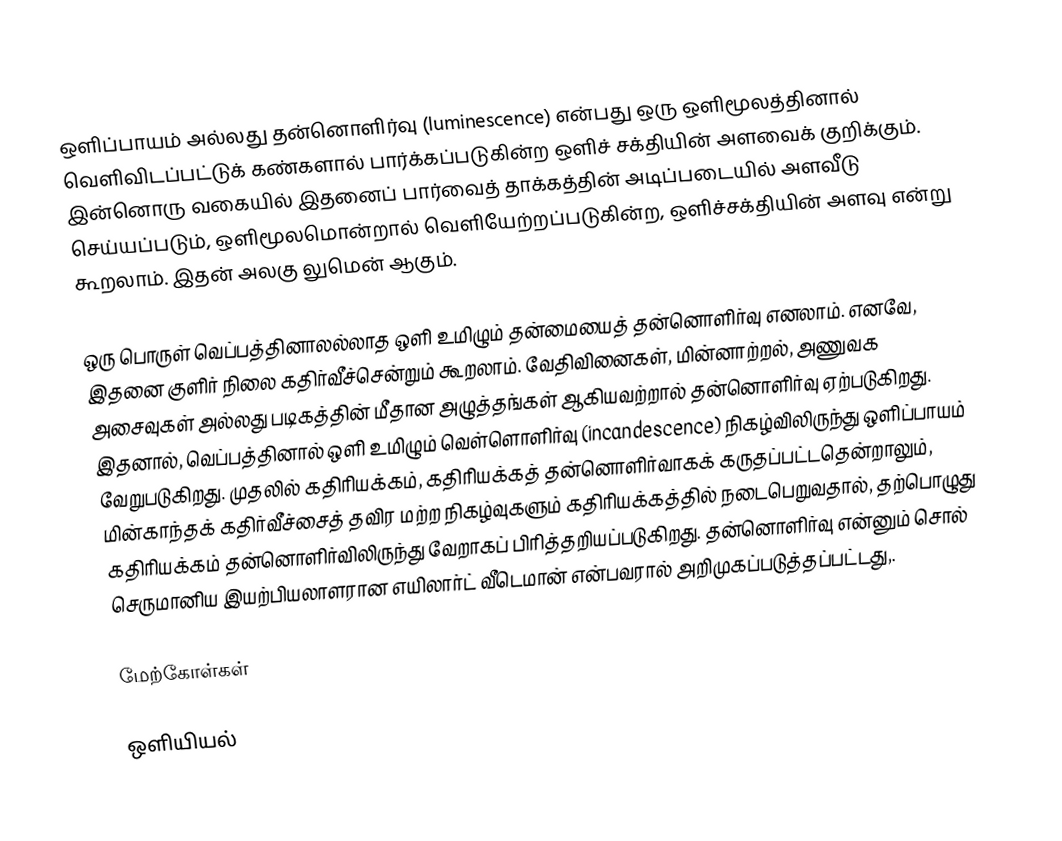
ஒளிப்பாயம் அல்லது தன்னொளிர்வு (luminescence) என்பது ஒரு ஒளிமூலத்தினால் வெளிவிடப்பட்டுக் கண்களால் பார்க்கப்படுகின்ற ஒளிச் சக்தியின் அளவைக் குறிக்கும். இன்னொரு வகையில் இதனைப் பார்வைத் தாக்கத்தின் அடிப்படையில் அளவீடு செய்யப்படும், ஒளிமூலமொன்றால் வெளியேற்றப்படுகின்ற, ஒளிச்சக்தியின் அளவு என்று கூறலாம். இதன் அலகு  லுமென்  ஆகும்.

ஒரு பொருள் வெப்பத்தினாலல்லாத ஒளி உமிழும் தன்மையைத் தன்னொளிர்வு எனலாம். எனவே, இதனை குளிர் நிலை கதிர்வீச்சென்றும் கூறலாம். வேதிவினைகள், மின்னாற்றல், அணுவக அசைவுகள் அல்லது படிகத்தின் மீதான அழுத்தங்கள் ஆகியவற்றால் தன்னொளிர்வு ஏற்படுகிறது. இதனால், வெப்பத்தினால் ஒளி உமிழும் வெள்ளொளிர்வு (incandescence) நிகழ்விலிருந்து ஒளிப்பாயம் வேறுபடுகிறது. முதலில் கதிரியக்கம், கதிரியக்கத் தன்னொளிர்வாகக் கருதப்பட்டதென்றாலும், மின்காந்தக் கதிர்வீச்சைத் தவிர மற்ற நிகழ்வுகளும் கதிரியக்கத்தில் நடைபெறுவதால், தற்பொழுது  கதிரியக்கம் தன்னொளிர்விலிருந்து வேறாகப் பிரித்தறியப்படுகிறது. தன்னொளிர்வு என்னும் சொல் செருமானிய இயற்பியலாளரான எயிலார்ட் வீடெமான் என்பவரால் அறிமுகப்படுத்தப்பட்டது,.

மேற்கோள்கள்

ஒளியியல்